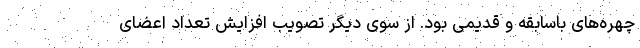
چهره‌های باسابقه و قدیمی بود. از سوی دیگر تصویب افزایش تعداد اعضای